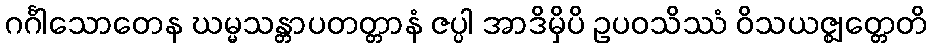
ဂင်္ဂါသောတေန ဃမ္မသန္တာပတတ္တာနံ ဇပ္ပါ အာဒိမှိပိ ဥပဝသိဿံ ဝိသယဇ္ဈတ္တေတိ